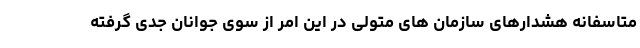
متاسفانه هشدارهای سازمان های متولی در این امر از سوی جوانان جدی گرفته